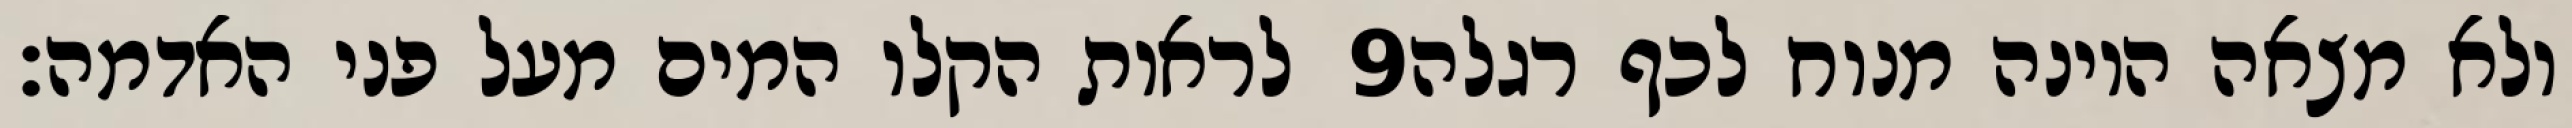
לראות הקלו המים מעל פני האדמה׃ ‎9‏ ולא מצאה היונה מנוח לכף רגלה